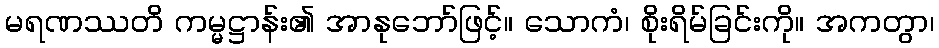
မရဏဿတိ ကမ္မဋ္ဌာန်း၏ အာနုဘော်ဖြင့်။ သောကံ၊ စိုးရိမ်ခြင်းကို။ အကတွာ၊